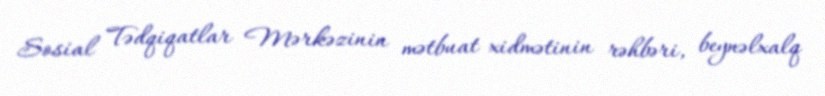
Sosial Tədqiqatlar Mərkəzinin mətbuat xidmətinin rəhbəri, beynəlxalq